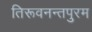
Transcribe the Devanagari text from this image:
तिरूवनन्तपुरम